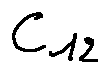
c _ { 1 2 }